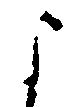
よ